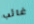
غائب